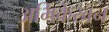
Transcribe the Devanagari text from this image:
अभिकेखन